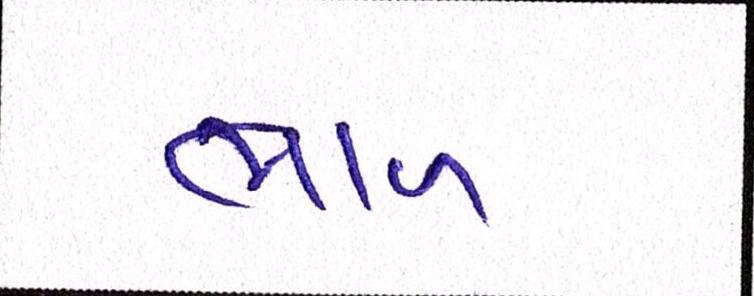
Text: ભાળ